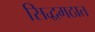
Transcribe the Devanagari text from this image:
सिद्धमठात